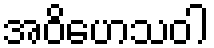
အဝိဟေသဝါ